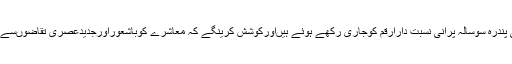
ہم مسلمان اورتعلیم وتربیت کی پندرہ سوسالہ پرانی نسبت دارارقم کوجاری رکھے ہوئے ہیںاورکوشش کرینگے کہ معاشرے کوباشعوراورجدیدعصری تقاضوںسے ہم آہنگ قیادت فراہم کرسکیں۔